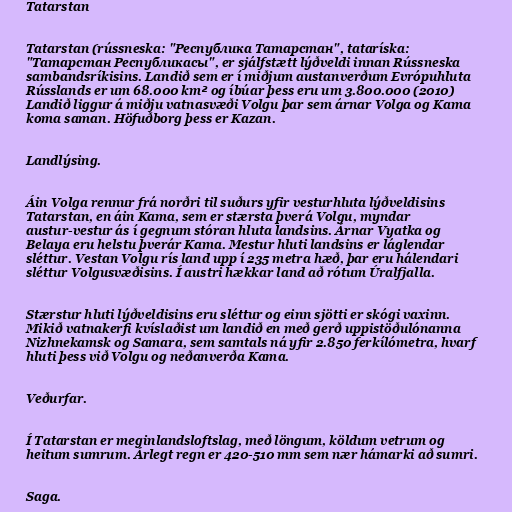
Tatarstan

Tatarstan (rússneska: "Республика Татарстан", tataríska:
"Татарстан Республикасы", er sjálfstætt lýðveldi innan Rússneska
sambandsríkisins. Landið sem er í miðjum austanverðum Evrópuhluta
Rússlands er um 68.000 km² og íbúar þess eru um 3.800.000 (2010)
Landið liggur á miðju vatnasvæði Volgu þar sem árnar Volga og Kama
koma saman. Höfuðborg þess er Kazan.

Landlýsing.

Áin Volga rennur frá norðri til suðurs yfir vesturhluta lýðveldisins
Tatarstan, en áin Kama, sem er stærsta þverá Volgu, myndar
austur-vestur ás í gegnum stóran hluta landsins. Árnar Vyatka og
Belaya eru helstu þverár Kama. Mestur hluti landsins er láglendar
sléttur. Vestan Volgu rís land upp í 235 metra hæð, þar eru hálendari
sléttur Volgusvæðisins. Í austri hækkar land að rótum Úralfjalla.

Stærstur hluti lýðveldisins eru sléttur og einn sjötti er skógi vaxinn.
Mikið vatnakerfi kvíslaðist um landið en með gerð uppistöðulónanna
Nizhnekamsk og Samara, sem samtals ná yfir 2.850 ferkílómetra, hvarf
hluti þess við Volgu og neðanverða Kama.

Veðurfar.

Í Tatarstan er meginlandsloftslag, með löngum, köldum vetrum og
heitum sumrum. Árlegt regn er 420-510 mm sem nær hámarki að sumri.

Saga.